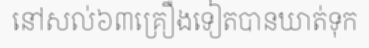
នៅសល់៦៣គ្រឿងទៀតបានឃាត់ទុក